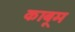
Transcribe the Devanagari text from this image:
काबूम